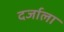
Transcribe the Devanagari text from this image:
दर्जाला